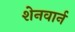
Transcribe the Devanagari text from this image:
शेनवार्न